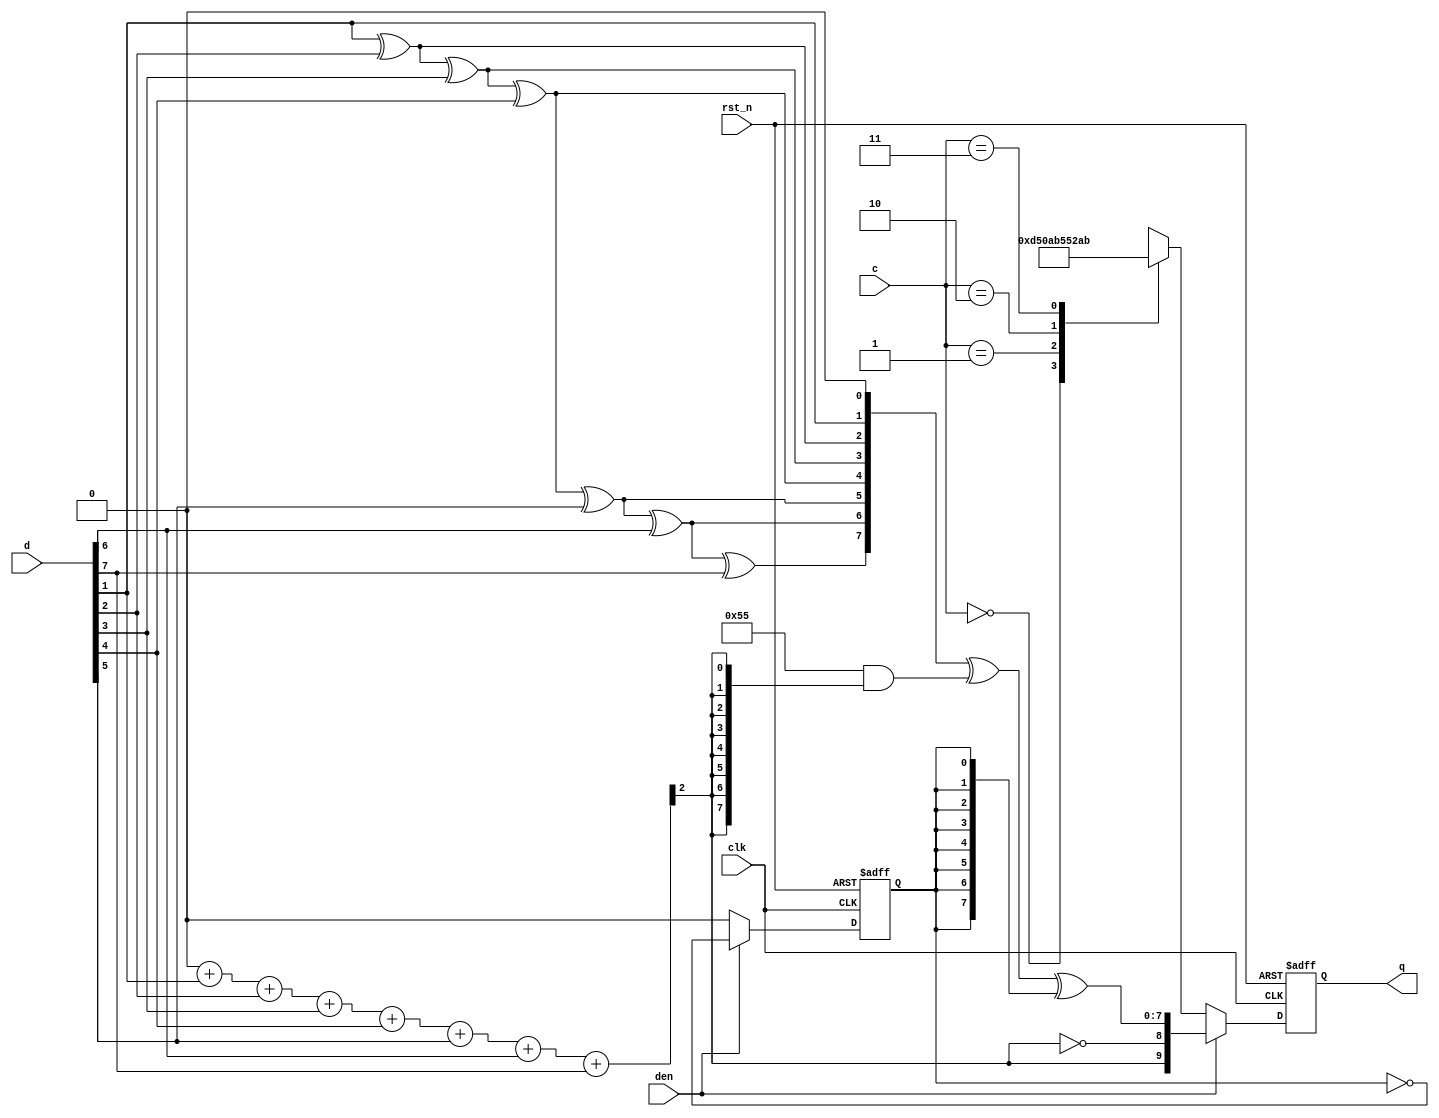
/**********************************************************************
 * DO WHAT THE FUCK YOU WANT TO AND DON'T BLAME US PUBLIC LICENSE     *
 *                    Version 3, April 2008                           *
 *                                                                    *
 * Copyright (C) 2020 Luke Wren                                       *
 *                                                                    *
 * Everyone is permitted to copy and distribute verbatim or modified  *
 * copies of this license document and accompanying software, and     *
 * changing either is allowed.                                        *
 *                                                                    *
 *   TERMS AND CONDITIONS FOR COPYING, DISTRIBUTION AND MODIFICATION  *
 *                                                                    *
 * 0. You just DO WHAT THE FUCK YOU WANT TO.                          *
 * 1. We're NOT RESPONSIBLE WHEN IT DOESN'T FUCKING WORK.             *
 *                                                                    *
 *********************************************************************/

// Encoder from the SmolDVI project: https://github.com/wren6991/smoldvi

// This encoder is based on a property of the TMDS algorithm specified in DVI
// spec: If the running balance is currently zero, and you encode data x
// followed by x ^ 1, this produces a pair of TMDS symbols with net balance
// zero, hence the running balance will *remain* at zero. Provided the input
// follows this pattern (doubled pixels with alternating LSB), there is no
// need to actually track the balance, which makes the encoder effectively
// stateless.
//
// This leads to:
// - Halving of horizontal resolution
// - Loss of LSB (bit 0) of colour precision
// - Toggling of colour LSBs (bit 0) across screen
//
// But this last effect is not noticeable in practice, and the first two are
// acceptable for any pixel source that would fit onto a iCE40 UP5k or HX1k.
//
// Our TMDS algorithm:
//
// - Mask off d[0]
// - If population count of d[7:0] less than 4:
//     - q[9:8] = 2'b01 for both output symbols
//     - First symbol q[n] = ^d[n:0] for n = 0...7
//     - Second symbol inverse of first q[7:0] (thanks to input LSB toggling)
// - Else:
//     - q[9:8] = 2'b10 for both output symbols
//     - First symbol same as less than case but XOR'd with 'h55 (this
//       accounts for both XNOR-ness and q[9] complementing)
//     - Second symbol inverse of first q[7:0] (thanks to input LSB toggling)
//
// These rules *exactly* reproduce Figure 3-5 on page 29 of DVI v1.0 spec, if
// the pixels input to that algorithm are manipulated properly. You can check
// this by enumerating all possible input values, running them through the
// original algorithm with initial balance = 0 (recalling that balance is
// defined to be 0 at the start of each scanline), and noting that the balance
// returns to 0 after each output pixel pair, forming the sketch of an
// induction proof.
//
// To check that the output of our algorithm is DC-balanced, observe that bits
// q[9:8] always have one bit set, and bits q[7:0] are complemented over
// consecutive pixels, so have an average population count of 4 out of 8.
// Therefore for every 20 bits we output (2 TMDS symbols), there are 10 1 bits
// and 10 0 bits.
//
// Note that the instantiator is responsible for holding d[7:0] constant over
// two cycles (it's not registered here)

module smoldvi_tmds_encode (
	input  wire       clk,
	input  wire       rst_n,

	input  wire [1:0] c,
	input  wire [7:0] d,
	input  wire       den,

	output reg  [9:0] q
);

reg [2:0] popcount;
wire low_balance = !popcount[2];

always @ (*) begin: count_d_pop
	integer i;
	popcount = 3'd0;
	// Ignore d[0] as it's implicitly masked
	for (i = 1; i < 8; i = i + 1)
		popcount = popcount + {2'h0, d[i]};
end

reg [7:0] d_reduced;
reg symbol_is_second;

always @ (*) begin: reduce_d
	integer i;
	d_reduced = 8'h0;
	for (i = 1; i < 8; i = i + 1)
		d_reduced[i] = d_reduced[i - 1] ^ d[i];
end

wire [9:0] pixel_q = {
	!low_balance,
	low_balance,
	d_reduced ^ (8'h55 & {8{!low_balance}}) ^ {8{symbol_is_second}}
};

always @ (posedge clk or negedge rst_n) begin
	if (!rst_n) begin
		symbol_is_second <= 1'b0;
		q <= 10'd0;
	end else begin
		if (den) begin
			symbol_is_second <= !symbol_is_second;
			q <= pixel_q;
		end else begin
			symbol_is_second <= 1'b0;
			case (c)
				2'b00: q <= 10'b1101010100;
				2'b01: q <= 10'b0010101011;
				2'b10: q <= 10'b0101010100;
				2'b11: q <= 10'b1010101011;
			endcase
		end
	end
end

endmodule